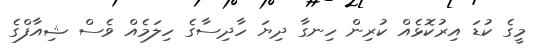
މީގެ ކުޑަ އިރުކޮޅެއް ކުރިން ހިނގާ ދިޔަ ހާދިސާގެ ހިލަމެއް ވެސް ޝިއާފްގެ